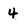
Character: 4